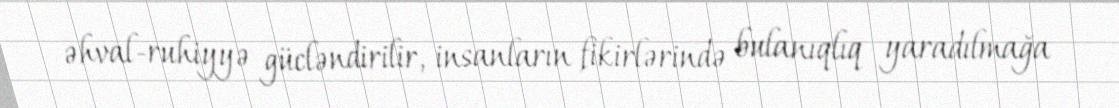
əhval-ruhiyyə gücləndirilir, insanların fikirlərində bulanıqlıq yaradılmağa